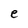
Character: e